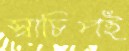
স্বাচিপই